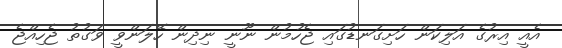
އެއީ އިރުގެ އަލިކަން ހަށިގަނޑުގައި ޖެހުމުން ނޫނީ ނިދިން ހޭލަންވީ ވަގުތު ޖެހިއްޖެ